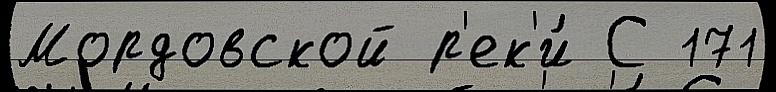
Мордовской р'ек'и́ С 171